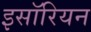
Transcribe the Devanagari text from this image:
इसॉरियन